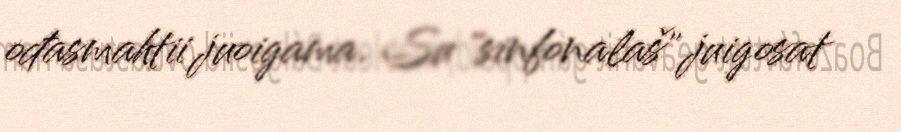
ođasmahtii juoigama. Su "sinfonalaš" juigosat